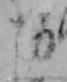
お